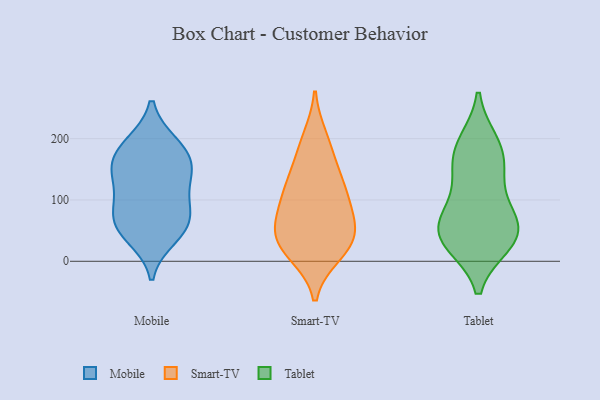
{"axis": {"x": "Humidity (%)", "y": "Value"}, "legend": ["Mobile", "Smart-TV", "Tablet"], "data": [{"x": "", "y": 53, "type": "Mobile"}, {"x": "", "y": 158, "type": "Mobile"}, {"x": "", "y": 165, "type": "Mobile"}, {"x": "", "y": 142, "type": "Mobile"}, {"x": "", "y": 59, "type": "Mobile"}, {"x": "", "y": 71, "type": "Mobile"}, {"x": "", "y": 40, "type": "Mobile"}, {"x": "", "y": 104, "type": "Mobile"}, {"x": "", "y": 89, "type": "Mobile"}, {"x": "", "y": 140, "type": "Mobile"}, {"x": "", "y": 191, "type": "Mobile"}, {"x": "", "y": 190, "type": "Mobile"}, {"x": "", "y": 67, "type": "Smart-TV"}, {"x": "", "y": 13, "type": "Smart-TV"}, {"x": "", "y": 200, "type": "Smart-TV"}, {"x": "", "y": 131, "type": "Smart-TV"}, {"x": "", "y": 179, "type": "Smart-TV"}, {"x": "", "y": 48, "type": "Smart-TV"}, {"x": "", "y": 110, "type": "Smart-TV"}, {"x": "", "y": 31, "type": "Smart-TV"}, {"x": "", "y": 67, "type": "Smart-TV"}, {"x": "", "y": 98, "type": "Smart-TV"}, {"x": "", "y": 131, "type": "Smart-TV"}, {"x": "", "y": 19, "type": "Smart-TV"}, {"x": "", "y": 35, "type": "Smart-TV"}, {"x": "", "y": 57, "type": "Tablet"}, {"x": "", "y": 186, "type": "Tablet"}, {"x": "", "y": 30, "type": "Tablet"}, {"x": "", "y": 47, "type": "Tablet"}, {"x": "", "y": 41, "type": "Tablet"}, {"x": "", "y": 148, "type": "Tablet"}, {"x": "", "y": 158, "type": "Tablet"}, {"x": "", "y": 98, "type": "Tablet"}, {"x": "", "y": 71, "type": "Tablet"}, {"x": "", "y": 192, "type": "Tablet"}, {"x": "", "y": 32, "type": "Tablet"}]}